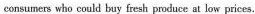
consumers who corld buy fresh produce at bw prices.